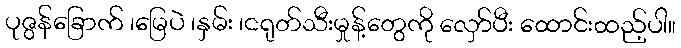
ပုဇွန်ခြောက် ၊မြေပဲ ၊နှမ်း ၊ငရုတ်သီးမှုန့်တွေကို လှော်ပီး ထောင်းထည့်ပါ။